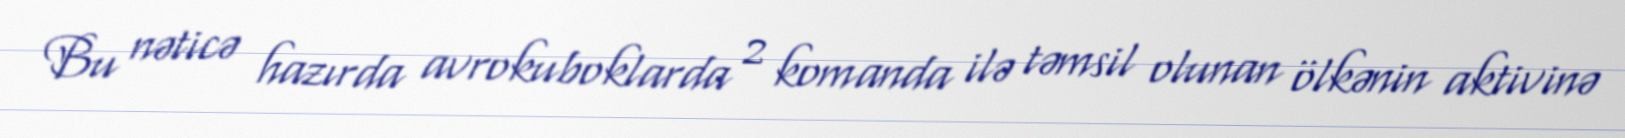
Bu nəticə hazırda avrokuboklarda 2 komanda ilə təmsil olunan ölkənin aktivinə